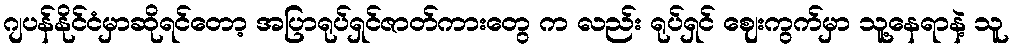
ဂျပန်နိုင်ငံမှာဆိုရင်တော့ အပြာရုပ်ရှင်ဇာတ်ကားတွေ က လည်း ရုပ်ရှင် ဈေးကွက်မှာ သူ့နေရာနဲ့ သူ